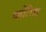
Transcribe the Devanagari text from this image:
प्लोरिडा